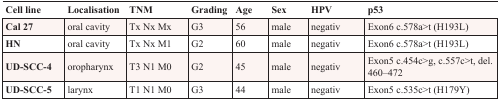
| Cell line | Localisation | TNM | Grading | Age | Sex | HPV | p53 |
 | --- | --- | --- | --- | --- | --- | --- | --- |
 | Cal 27 | oral cavity | Tx Nx Mx | G3 | 56 | male | negativ | Exon6 c.578a>t (H193L) |
 | HN | oral cavity | Tx Nx M1 | G2 | 60 | male | negativ | Exon6 c.578a>t (H193L) |
 | UD-SCC-4 | oropharynx | T3 N1 M0 | G2 | 45 | male | negativ | Exon5 c.454c>g, c.557c>t, del. 460–472 |
 | UD-SCC-5 | larynx | T1 N1 M0 | G3 | 44 | male | negativ | Exon5 c.535c>t (H179Y) |